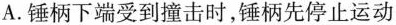
A.锤柄下端受到撞击时，锤柄先停止运动